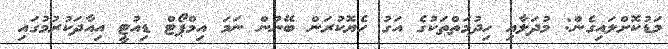
މަޑުކޮށްލައިގެން: މުދަލާއި ހިދުމަތްތަކުގެ އަގު ހެޔޮކުރަން ބޭނުން ނަމަ އިމްޕޯޓް ޑިއުޓީ އިއާދަކުރުމުގައި